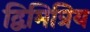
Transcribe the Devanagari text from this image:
द्विमित्रिय